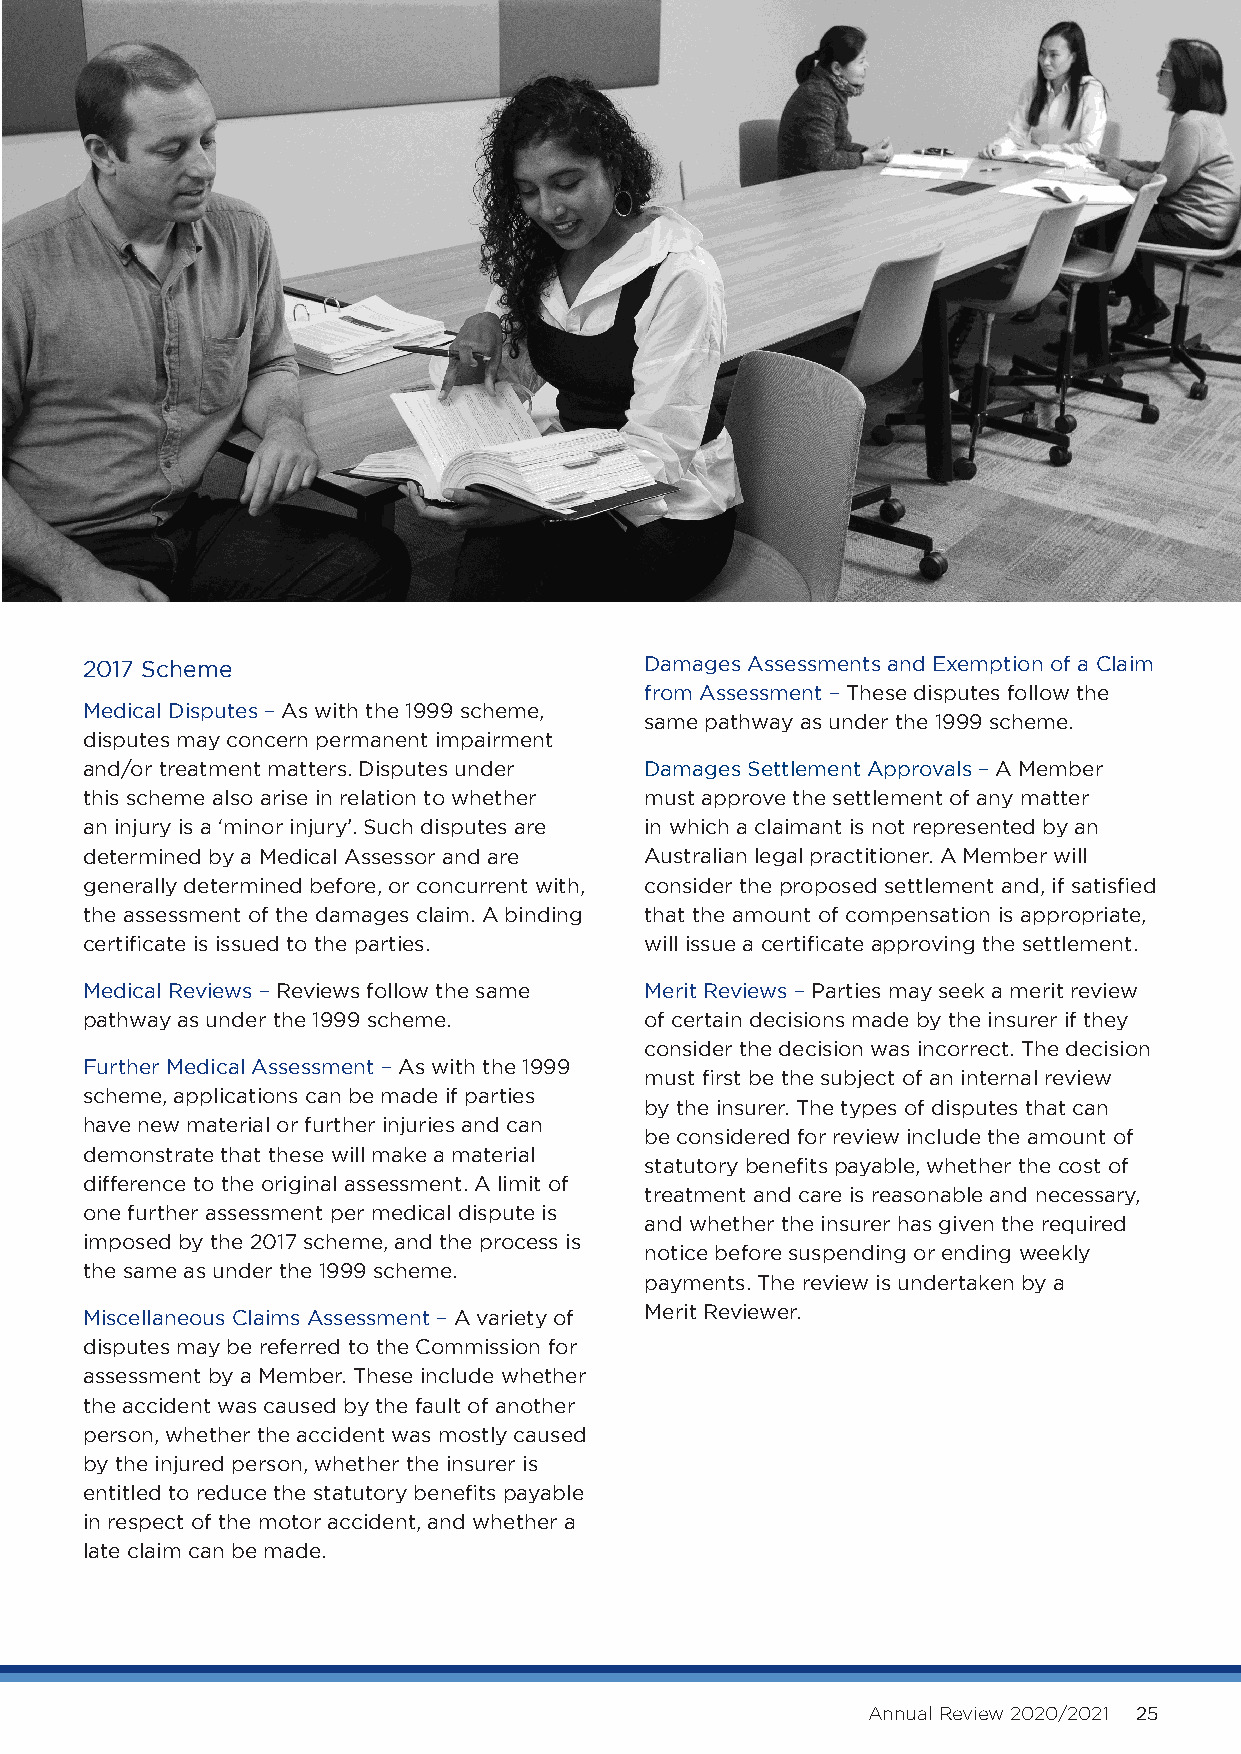
2017 Scheme                           Damages Assessments and Exemption of a Claim
 from Assessment – These disputes follow the
 Medical Disputes – As with the 1999 scheme,
 same pathway as under the 1999 scheme.
 disputes may concern permanent impairment
 and/or treatment matters. Disputes under Damages Settlement Approvals – A Member
 this scheme also arise in relation to whether must approve the settlement of any matter
 an injury is a ‘minor injury’. Such disputes are in which a claimant is not represented by an
 determined by a Medical Assessor and are Australian legal practitioner. A Member will
 generally determined before, or concurrent with, consider the proposed settlement and, if satisfied
 the assessment of the damages claim. A binding that the amount of compensation is appropriate,
 certificate is issued to the parties. will issue a certificate approving the settlement.
 Medical Reviews – Reviews follow the same Merit Reviews – Parties may seek a merit review
 pathway as under the 1999 scheme.     of certain decisions made by the insurer if they
 consider the decision was incorrect. The decision
 Further Medical Assessment – As with the 1999
 must first be the subject of an internal review
 scheme, applications can be made if parties
 by the insurer. The types of disputes that can
 have new material or further injuries and can
 be considered for review include the amount of
 demonstrate that these will make a material
 statutory benefits payable, whether the cost of
 difference to the original assessment. A limit of
 treatment and care is reasonable and necessary,
 one further assessment per medical dispute is
 and whether the insurer has given the required
 imposed by the 2017 scheme, and the process is
 notice before suspending or ending weekly
 the same as under the 1999 scheme.
 payments. The review is undertaken by a
 Merit Reviewer.
 Miscellaneous Claims Assessment – A variety of
 disputes may be referred to the Commission for
 assessment by a Member. These include whether
 the accident was caused by the fault of another
 person, whether the accident was mostly caused
 by the injured person, whether the insurer is
 entitled to reduce the statutory benefits payable
 in respect of the motor accident, and whether a
 late claim can be made.
 Annual Review 2020/2021 25